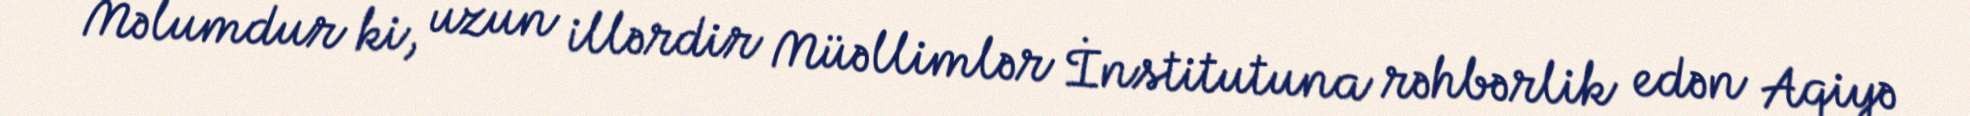
Məlumdur ki, uzun illərdir Müəllimlər İnstitutuna rəhbərlik edən Aqiyə